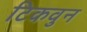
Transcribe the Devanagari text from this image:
टिकवुन